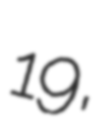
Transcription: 19,